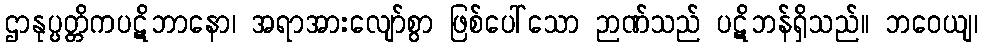
ဌာနုပ္ပတ္တိကပဋိဘာနော၊ အရာအားလျော်စွာ ဖြစ်ပေါ်သော ဉာဏ်သည် ပဋိဘန်ရှိသည်။ ဘဝေယျ၊